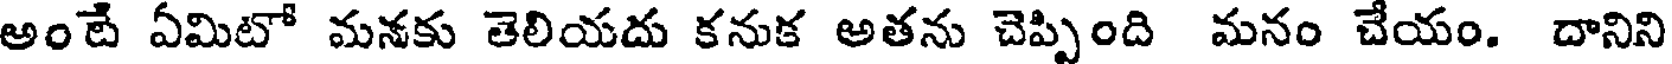
అంటే ఏమిటో మనకు తెలియదు కనుక అతను చెప్పింది మనం చేయం. దానిని